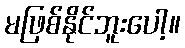
မဖြစ်နိုင်ဘူးပေါ့။